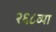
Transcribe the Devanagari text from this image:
२६८व्या